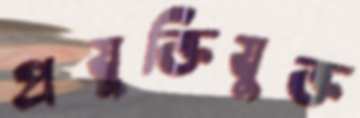
প্রযুক্তিযুক্ত